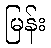
မြန်း